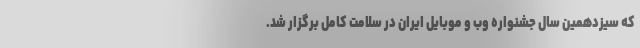
که سیزدهمین سال جشنواره وب و موبایل ایران در سلامت کامل برگزار شد.